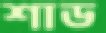
শাড